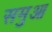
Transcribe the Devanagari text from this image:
समुआ